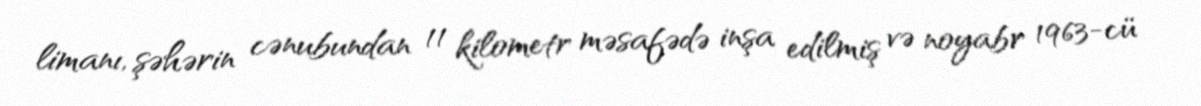
limanı, şəhərin cənubundan 11 kilometr məsafədə inşa edilmiş və noyabr 1963-cü